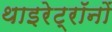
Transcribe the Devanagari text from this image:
थाइरेट्रॉनों